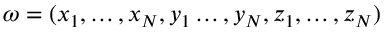
\omega = ( x _ { 1 } , \ldots , x _ { N } , y _ { 1 } \ldots , y _ { N } , z _ { 1 } , \ldots , z _ { N } )